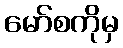
မော်စကိုမှ